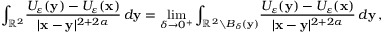
\int _ { \mathbb { R } ^ { 2 } } \! \frac { U _ { \varepsilon } ( \mathbf { y } ) - U _ { \varepsilon } ( \mathbf { x } ) } { | \mathbf { x } - \mathbf { y } | ^ { 2 + 2 \alpha } } \, d \mathbf { y } = \operatorname* { l i m } _ { \delta \to 0 ^ { + } } \int _ { \mathbb { R } ^ { 2 } \setminus B _ { \delta } ( \mathbf { y } ) } \! \frac { U _ { \varepsilon } ( \mathbf { y } ) - U _ { \varepsilon } ( \mathbf { x } ) } { | \mathbf { x } - \mathbf { y } | ^ { 2 + 2 \alpha } } \, d \mathbf { y } \, ,